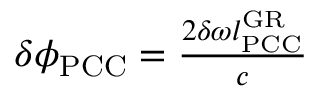
\begin{array} { r } { \delta \phi _ { \mathrm { P C C } } = \frac { 2 \delta \omega l _ { \mathrm { P C C } } ^ { \mathrm { G R } } } { c } } \end{array}